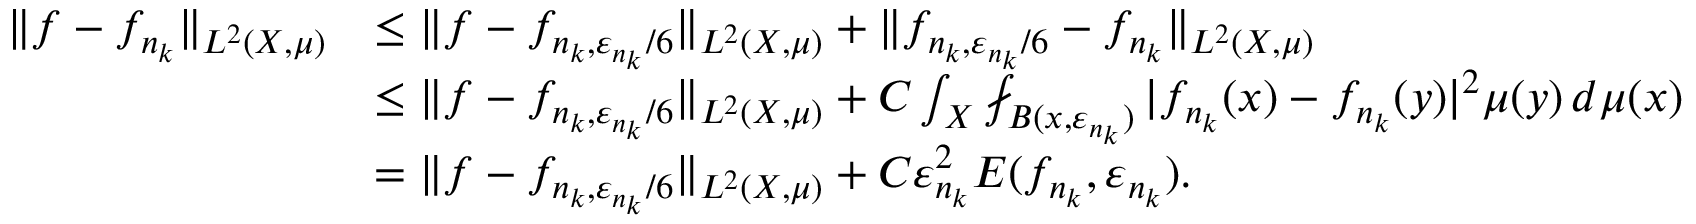
\begin{array} { r l } { \| f - f _ { n _ { k } } \| _ { L ^ { 2 } ( X , \mu ) } } & { \leq \| f - f _ { n _ { k } , \varepsilon _ { n _ { k } } { / 6 } } \| _ { L ^ { 2 } ( X , \mu ) } + \| f _ { n _ { k } , \varepsilon _ { n _ { k } } / 6 } - f _ { n _ { k } } \| _ { L ^ { 2 } ( X , \mu ) } } \\ & { \leq \| f - f _ { n _ { k } , \varepsilon _ { n _ { k } } / 6 } \| _ { L ^ { 2 } ( X , \mu ) } + C \int _ { X } \fint _ { B ( x , \varepsilon _ { n _ { k } } ) } | f _ { n _ { k } } ( x ) - f _ { n _ { k } } ( y ) | ^ { 2 } \mu ( y ) \, d \mu ( x ) } \\ & { = \| f - f _ { n _ { k } , \varepsilon _ { n _ { k } } { / 6 } } \| _ { L ^ { 2 } ( X , \mu ) } + C \varepsilon _ { n _ { k } } ^ { 2 } E ( f _ { n _ { k } } , \varepsilon _ { n _ { k } } ) . } \end{array}